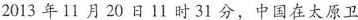
2013年11月20日11时31分，中国在太原卫